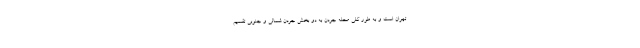
تهران است و به طور کلی محله جردن به دو بخش جردن شمالی و جنوبی تقسیم